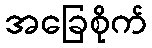
အခြေစိုက်